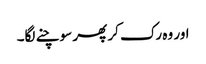
اور وہ رک کر پھر سوچنے لگا۔